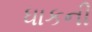
ધાકની